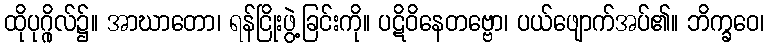
ထိုပုဂ္ဂိုလ်၌။ အာဃာတော၊ ရန်ငြိုးဖွဲ့ခြင်းကို။ ပဋိဝိနေတဗ္ဗော၊ ပယ်ဖျောက်အပ်၏။ ဘိက္ခဝေ၊